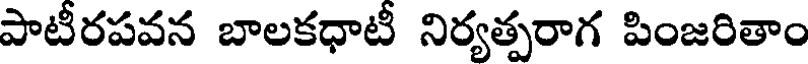
పాటీరపవన బాలకధాటీ నిర్యత్పరాగ పింజరితాం